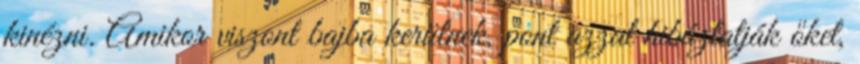
kinézni. Amikor viszont bajba kerülnek, pont azzal hibáztatják őket,